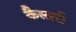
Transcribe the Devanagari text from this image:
कैलारी